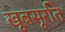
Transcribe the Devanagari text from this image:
खूबसूरति